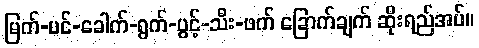
မြက်-ပင်-ခေါက်-ရွက်-ပွင့်-သီး-ဖက် ခြောက်ချက် ဆိုးရည်အပ်။